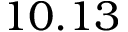
1 0 . 1 3